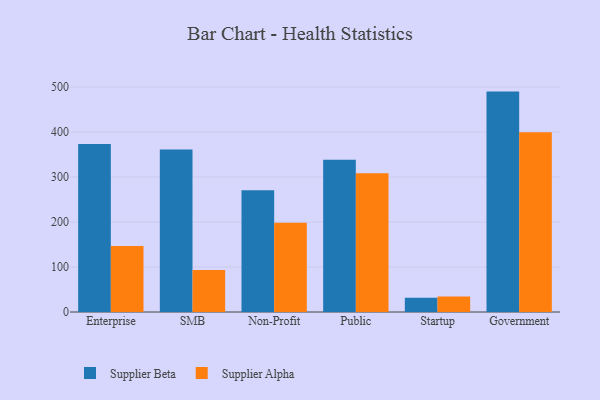
{"axis": {"x": "Segment", "y": "Conversion Rate (%)"}, "legend": ["Supplier Alpha", "Supplier Beta"], "data": [{"x": "Enterprise", "y": 373.2, "type": "Supplier Beta"}, {"x": "Enterprise", "y": 146.5, "type": "Supplier Alpha"}, {"x": "SMB", "y": 360.9, "type": "Supplier Beta"}, {"x": "SMB", "y": 93.6, "type": "Supplier Alpha"}, {"x": "Non-Profit", "y": 270.7, "type": "Supplier Beta"}, {"x": "Non-Profit", "y": 198.6, "type": "Supplier Alpha"}, {"x": "Public", "y": 338.3, "type": "Supplier Beta"}, {"x": "Public", "y": 308.2, "type": "Supplier Alpha"}, {"x": "Startup", "y": 31.6, "type": "Supplier Beta"}, {"x": "Startup", "y": 34.7, "type": "Supplier Alpha"}, {"x": "Government", "y": 489.8, "type": "Supplier Beta"}, {"x": "Government", "y": 399.6, "type": "Supplier Alpha"}]}